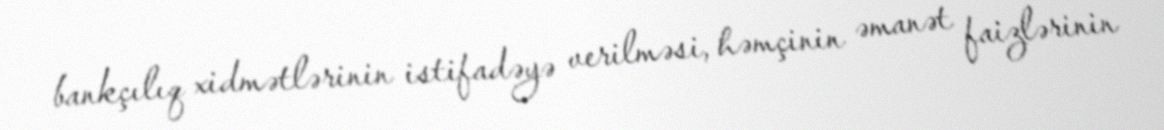
bankçılıq xidmətlərinin istifadəyə verilməsi, həmçinin əmanət faizlərinin